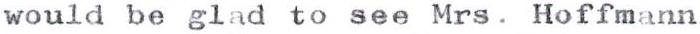
would be glad to see Mrs. Hoffmann